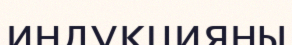
индукцияны